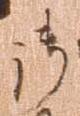
御